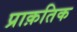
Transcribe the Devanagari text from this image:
प्राक़तिक